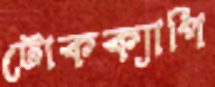
টোকক্যাপি